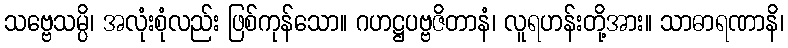
သဗ္ဗေသမ္ပိ၊ အလုံးစုံလည်း ဖြစ်ကုန်သော။ ဂဟဋ္ဌပဗ္ဗဇိတာနံ၊ လူရဟန်းတို့အား။ သာဓာရဏာနိ၊